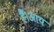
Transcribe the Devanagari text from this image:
हैं।आय